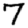
Digit: 7